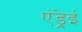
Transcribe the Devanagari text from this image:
एंड्रेई